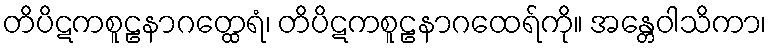
တိပိဋကစူဠနာဂတ္ထေရံ၊ တိပိဋကစူဠနာဂထေရ်ကို။ အန္တေဝါသိကာ၊